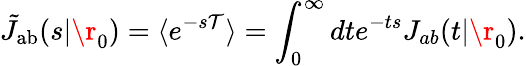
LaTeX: \tilde{J}_{\mathrm{{ab}}}(s|\r_{0})=\langle e^{-s\mathcal{T}}\rangle=\int_{0}^{\infty}dte^{-ts}J_{ab}(t|\r_{0}).